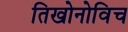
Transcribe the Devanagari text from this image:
तिखोनोविच